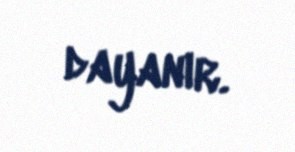
dayanır.